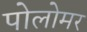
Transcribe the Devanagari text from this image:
पोलोमर